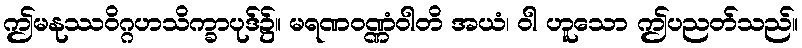
ဤမနုဿဝိဂ္ဂဟသိက္ခာပုဒ်၌။ မရဏဝဏ္ဏံဝါတိ အယံ၊ ဝါ ဟူသော ဤပညတ်သည်။